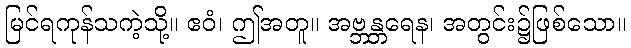
မြင်ရကုန်သကဲ့သို့။ ဧဝံ၊ ဤအတူ။ အဗ္ဘန္တရေန၊ အတွင်း၌ဖြစ်သော။